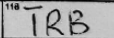
Transcription: TRB